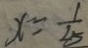
x = \frac { 1 } { 2 5 }